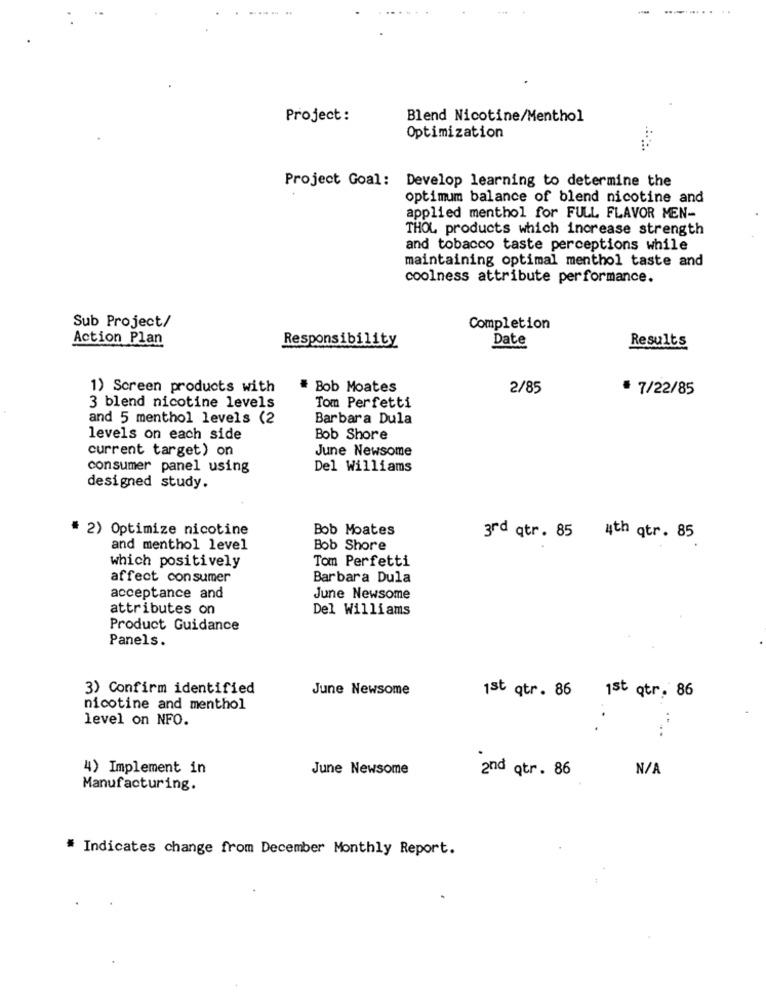
Project :
Blend Nicotine/Menthol
Optimization
Project Goal: Develop learning to determine the
optimum balance of blend nicotine and
applied menthol for FULL FLAVOR MEN-
THOL products which increase strength
and tobacco taste perceptions while
maintaining optimal menthol taste and
coolness attribute performance.
Sub Project/
Completion
Action Plan
Responsibility
Date
Results
1) Screen products with
# Bob Moates
2/85
· 7/22/85
3 blend nicotine levels
Tom Perfetti
and 5 menthol levels (2
Barbara Dula
levels on each side
Bob Shore
current target) on
June Newsome
consumer panel using
Del Williams
designed study.
# 2) Optimize nicotine
Bob Moates
3rd qtr. 85 4th qtr. 85
and menthol level
Bob Shore
which positively
Tom Perfetti
affect consumer
Barbara Dula
acceptance and
June Newsome
attributes on
Del Williams
Product Guidance
Panels.
3) Confirm identified
June Newsome
1st qtr. 86
1st qtr. 86
nicotine and menthol
level on NFO.
4) Implement in
June Newsome
2nd qtr. 86
Manufacturing.
* Indicates change from December Monthly Report.